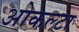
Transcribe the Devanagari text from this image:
ओकल्टा